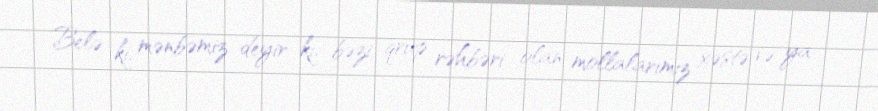
Belə ki, mənbəmiz deyir ki, bəzi qrup rəhbəri olan mollalarımız xəstə və ya